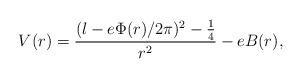
LaTeX: \begin{align*}V(r) = \frac{(l - e\Phi(r)/2\pi)^2 - \frac{1}{4}}{r^2} - eB(r),\end{align*}